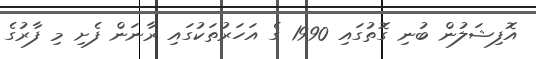
އޮފިޝަލުން ބުނި ގޮތުގައި 1990 ގެ އަހަރުތަކުގައި ރާނަން ފެށި މި ފާރުގެ